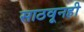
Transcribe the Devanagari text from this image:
साठवूनही